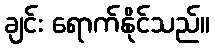
ချင်း ရောက်နိုင်သည်။